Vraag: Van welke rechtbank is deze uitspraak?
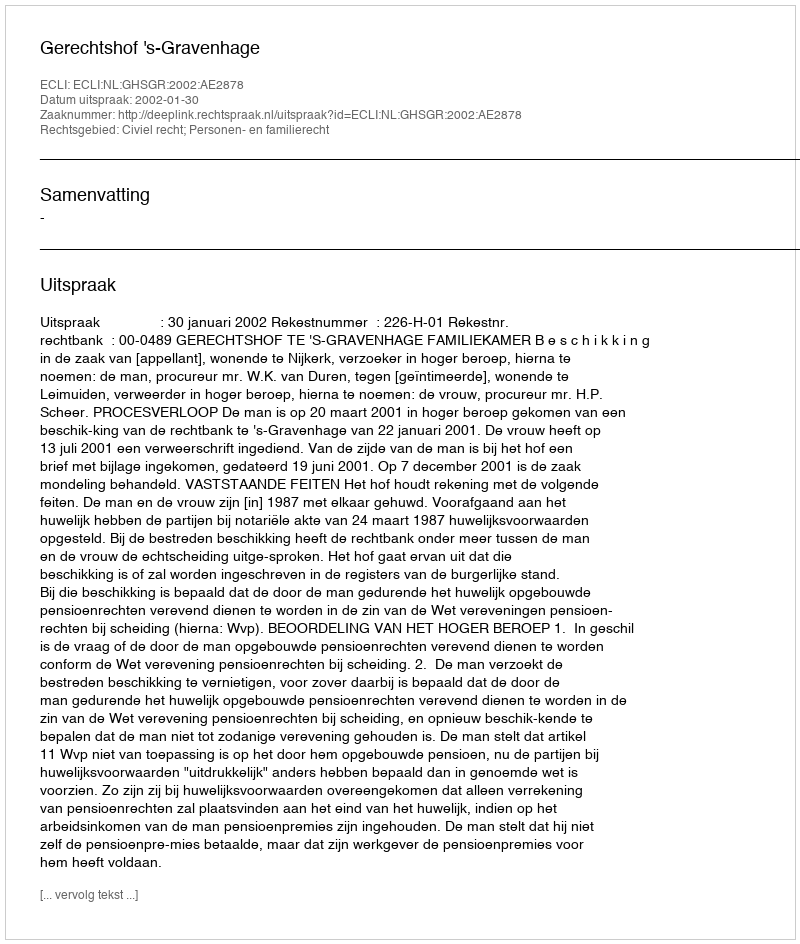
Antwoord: Gerechtshof 's-Gravenhage